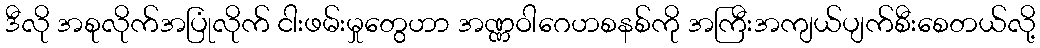
ဒီလို အစုလိုက်အပြုံလိုက် ငါးဖမ်းမှုတွေဟာ အဏ္ဏဝါဂေဟစနစ်ကို အကြီးအကျယ်ပျက်စီးစေတယ်လို့